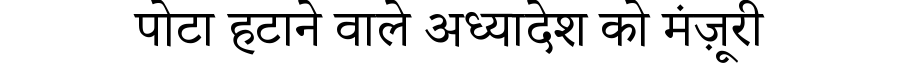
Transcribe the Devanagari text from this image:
पोटा हटाने वाले अध्यादेश को मंज़ूरी